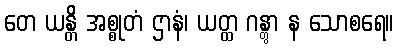
တေ ယန္တိ အစ္စုတံ ဌာနံ၊ ယတ္ထ ဂန္တွာ န သောစရေ။